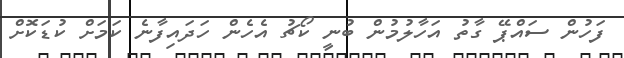
ފަހުން ސައްޕޭ ގާތު އަހާލުމުން ބުނީ ކޯޗު އެހެން ހަދައިފާނެ ކަމަށް ކުޑަކޮށް